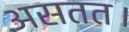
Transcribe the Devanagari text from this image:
असतत।